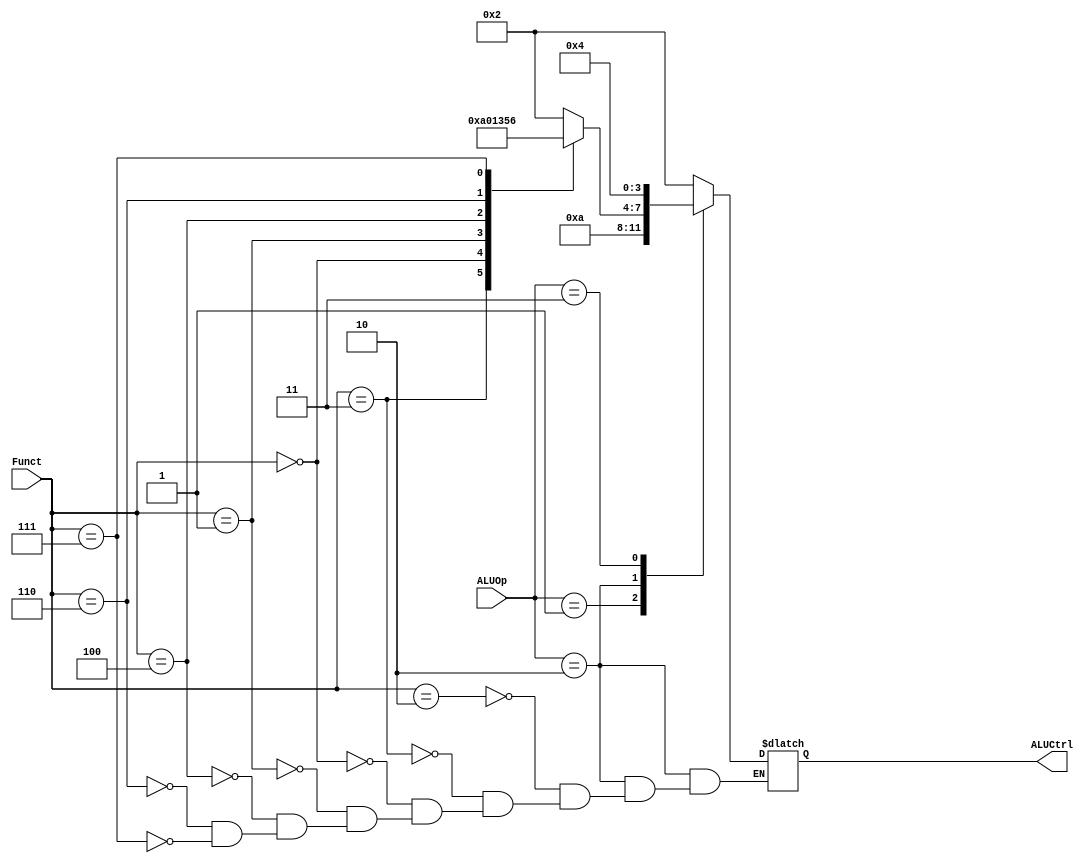
`timescale 1ns / 1ps
//////////////////////////////////////////////////////////////////////////////////
// Company: 
// Engineer: 
// 
// Design Name: 
// Module Name: ALUControl
// Project Name: 
// Target Devices: 
// Tool Versions: 
// Description: 
// 
// Dependencies: 
// 
// Revision:
// Revision 0.01 - File Created
// Additional Comments:
// 
//////////////////////////////////////////////////////////////////////////////////

module ALUControl(
input [1:0] ALUOp,
input [3:0] Funct,
output reg [3:0] ALUCtrl
);

always @(ALUOp)
begin
case(ALUOp) // ALUOp, 00-lw,sw, addi; 01-beq,bne, 10-R-format, 11 - MUL
    2'b00: ALUCtrl = 4'b0010; //LW+SW+ ADDI (mbledhje)
    2'b01: ALUCtrl = 4'b1010; //BEQ+BNE (zbritje)
    2'b10: //R-Format
        case(Funct)
            4'b0010: ALUCtrl = 4'b0010; //ADD
            4'b0011: ALUCtrl = 4'b1010; //SUB
            4'b0000: ALUCtrl =4'b0000; //AND
            4'b0001 : ALUCtrl = 4'b0001; //OR
            4'b0100 : ALUCtrl = 4'b0011; //SLT
            4'b0110 : ALUCtrl = 4'b0101; //XOR
            4'b0111 : ALUCtrl = 4'b0110; //SLL
        endcase

    2'b11:  ALUCtrl = 4'b0100; // per MUL
endcase
end



endmodule